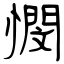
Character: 憫